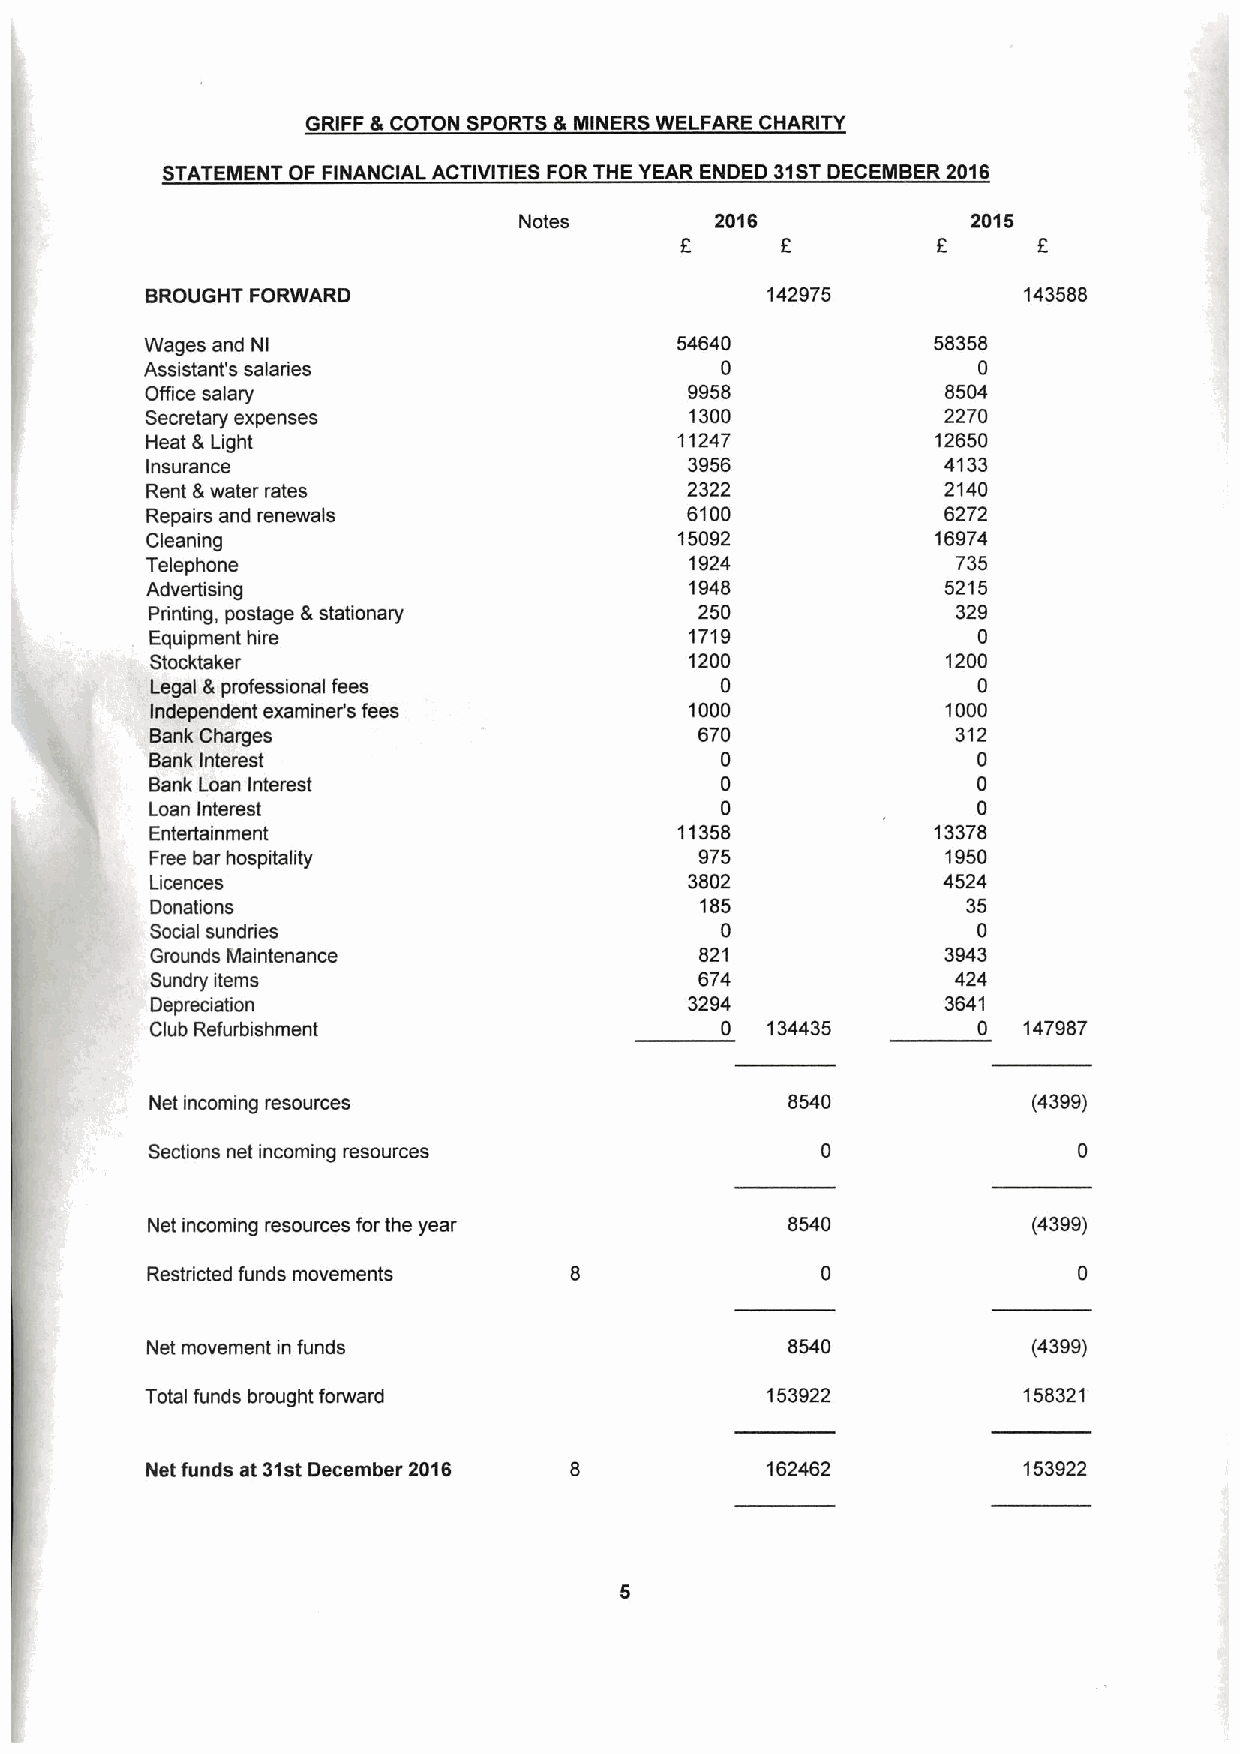
GRIFF &COTON SPORTS &MINERS WELFARE CHARITY
 STATEMENT OF FINANCIAL ACTIVITIES FOR THE YEAR ENDED 31STDECEMBER 2016
 Notes        2016             2015
 f
 6         6      F
 BROUGHT FORWARD                          142975           143588
 Wages and Nl                       54640            58358
 Assistant's salaries                  0                0
 Office salary                       9958             8504
 Secretary expenses                  1300             2270
 Heat &Light                        11247            12650
 Insurance                           3956             4133
 Rent &water rates                  2322              2140
 Repairs and renewals               6100              6272
 Cleaning                           15092            16974
 Telephone                           1924             735
 Advertising                         1948             5215
 Printing, postage &stationary       250              329
 Equipment hire                      1719               0
 Stocktaker                          1200             1200
 Legal &professional fees              0                0
 independent examiner's fees         1000             1000
 Bank Charges                        670              312
 Bank Interest                         0                0
 Bank Loan Interest                    0                0
 Loan Interest                         0                0
 Entertainment                      11358            13378
 Free bar hospitality                975              1950
 Licences                            3802            4524
 Donations                           185               35
 Social sundries                       0                0
 Grounds Maintenance                 821              3943
 Sundry items                        674              424
 Depreciation                        3294             3641
 Club Refurbishment                    0  134435        0  147987
 Net incoming resources                    8540            (4399)
 Sections net incoming resources
 Net incoming resources for the year       8540            (4399)
 Restricted funds movements
 Net movement in funds                     8540            (4399)
 Total funds brought forward              153922           158321
 Net funds at 31stDecember 2016           162462           153922